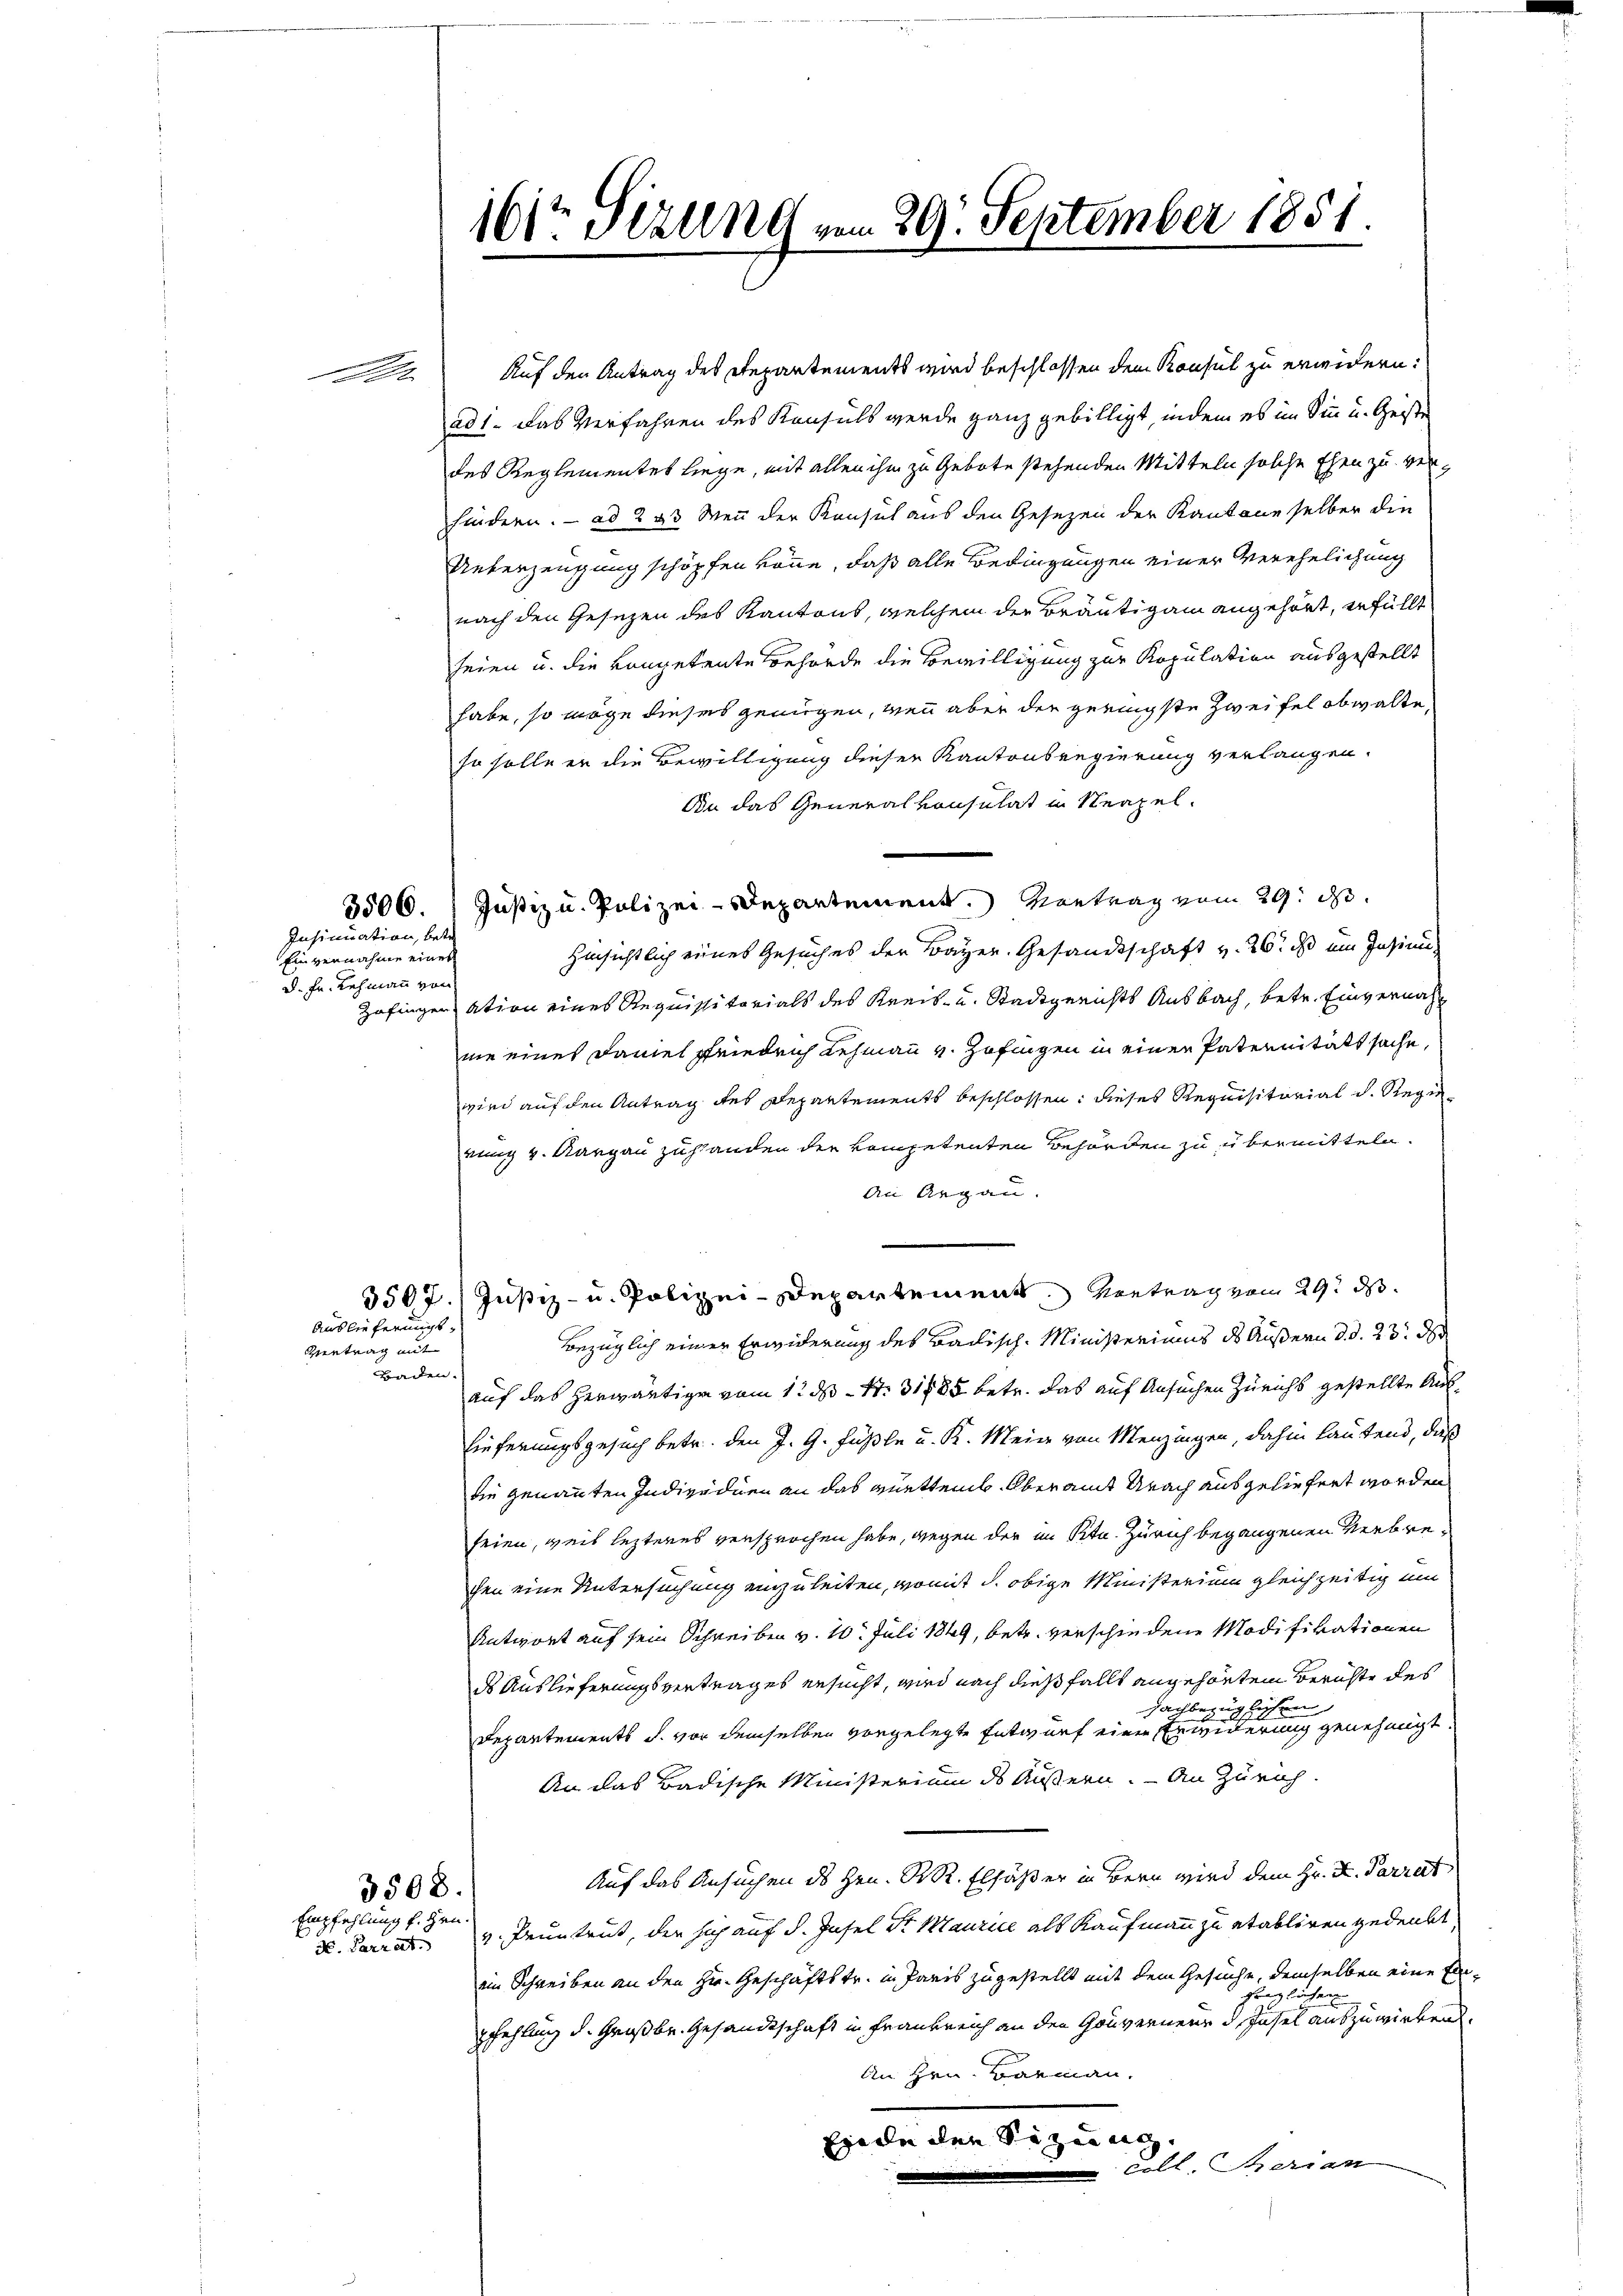
Insinuation, betr.
Einvernahme eines
d. Fr. Lehmann von

Auslieferungs¬
Vertrag mit
Baden.

10

3506.

3508.
Empfehlung f. Hrn.

Auf den Antrag des Departements wird beschlossen dem Konsul zu erwidern.
ad 1. Das Verfahren des Konsuls werde ganz gebilligt, indem es im Sinn u. Geiste
des Reglementes liege, mit allen ihm zu Gebote stehenden Mitteln solche Ehen zu verhindern. ad 293 Man der Konsul aus den Gesezen der Kantone selber die
Unverzeugung schöpfen könne, daß alle Bedingungen einer Verehelichung
nach den Gesezen des Kantons, welchem der Bräutigam angehört, erfüllt
seien u. die kompetente Behörde die Bewilligung zur Kopulation ausgestellt
habe, so möge dieses genügen, wenn aber der geringste Zweifel obwalte,
so solle er die Bewilligung dieser Kantonsregierung verlangen.
Bn das Generalkonsulat in Neapel¬
Justiz u. Polizei-Departement.) Vortrag vom 29. ds.
Hinsichtlich eines Gesuches der Bayer. Gesandtschaft v. 26. ds ein Insinuie
Zofingeration eines Requisitorials des Kreis- u. Stadtgerichts Ausbach, betr. Einvernahne eines Faniel Friedrich Lehmann v. Zofingen in einer Paternitätssache,
wird auf den Antrag des Departements beschlossen: dieses Requisitorial d. Regirung v. Aargau zustanden der kompetenten Behörden zu übermitteln.
An Argau.
3507. Justiz- u. Polizei-Departement Vertrag vom 29. ds.
Bezüglich einer Erwiderung des Badisch-Ministeriums des Äußern d. d. 23. d
auf das herwärtige vom 12 ds. S. 31785 betr. das auf Ansuchen Züricht gestellte Auf¬
Eieferungsgesuch betr. den J. G. Füßle u. K. Mein von Menzingen, dahin lautend, daß
die genannten Individuen an das württemb. Oberamt Unach ausgeliefert worden
seien, weil lezteres versprochen habe, wegen der im Ktn. Zürich begangenen Verbrechen eine Untersuchung einzuleiten, womit d. obige Ministerium gleichzeitig um
Antwort auf sein Schreiben v. 10. Juli 1849, betr. verschiedene Modifikationen
ds Auslieferungsvertrages ersucht, wird nach dießfalls angehörten Berichte des
sachbezüglichen
Departements d. vor demselben vorgelegte Entwurf einen Erwederung genehmigt.
An das Badische Ministerium des Äußern. — An Zürich.
Auf das Ansuchen des Hrn. R. R. Elfäßer in Bern wird dem Hr. K. Parrat
K. Carrat. v. Pruntrut, der sich auf d. Insel St. Maurice als Kaufmann zu etabliren gedenkt,
ein Schreiben an den Hr. Geschäftstr. in Paris zugestellt mit dem Gesuche, demselben eine Emfraglichen
pfehlung d. Großbe. Gesandtschaft in Frankreich an den Gouverneur d. Insel auszuwirkend.
An Hrn. Barmann.
finde der Sitzung.
coll. Serian

161te Sizung vom 29. September 1851.